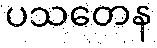
ပသတေန